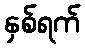
နှစ်ရက်